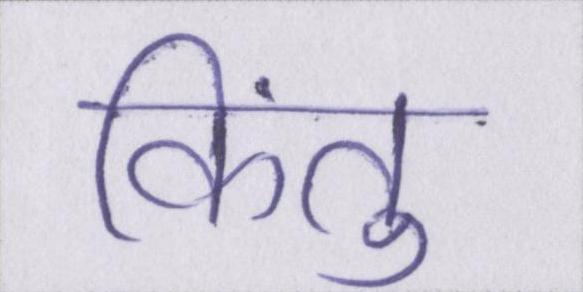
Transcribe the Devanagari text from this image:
किंतु